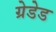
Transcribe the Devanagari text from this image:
ग्रेडेड